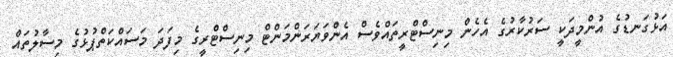
އަޅުގަނޑުގެ އުންމީދަކީ ސަރުކާރުގެ އެހެން މިނިސްޓްރީތައްވެސް އެންވަޔަރަންމަންޓް މިނިސްޓްރީގެ މިފަދަ މަސައްކަތްޕުޅުގެ މިސާލުތައް